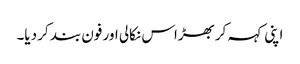
اپنی کہہ کر بھڑاس نکالی اور فون بند کر دیا۔